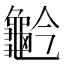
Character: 𪚬